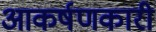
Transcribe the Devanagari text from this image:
आकर्षणकारी